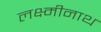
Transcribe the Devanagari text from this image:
लक्ष्मीनाथ